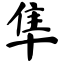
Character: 隼